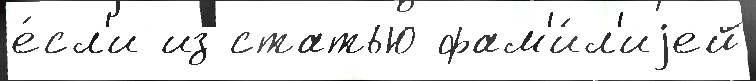
е́сл'и из статью фам'и́л'иjей